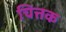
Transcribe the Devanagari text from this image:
चित्तक